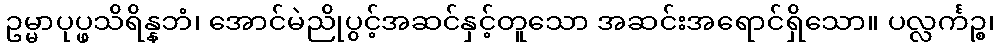
ဥမ္မာပုပ္ဖသိရိန္နဘံ၊ အောင်မဲညိုပွင့်အဆင်နှင့်တူသော အဆင်းအရောင်ရှိသော။ ပလ္လင်္ကဉ္စ၊